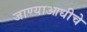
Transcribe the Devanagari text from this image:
जाण्याआधीचे